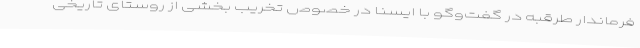
فرماندار طرقبه در گفت‌وگو با ایسنا در خصوص تخریب بخشی از روستای تاریخی